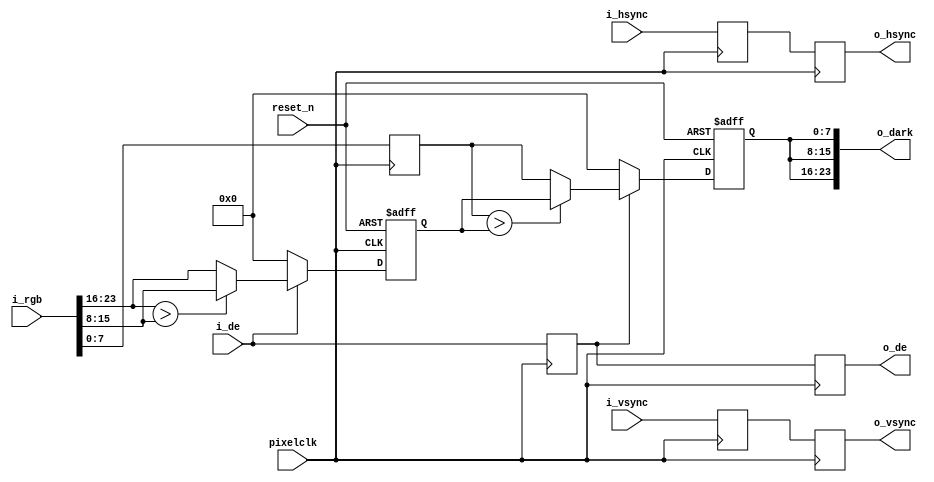

`timescale 1ns / 1ps
module rgb_dark(
       input						    pixelclk,
	   input                            reset_n,

  	   input          [23:0]            i_rgb,
	   input						    i_hsync,
	   input							i_vsync,
	   input							i_de,
	   
       output         [23:0]            o_dark,
	   output							o_hsync,
	   output							o_vsync,                                                                                                  
	   output						    o_de                                                                                               
	   );

	
reg                       hsync_r,hsync_r0;
reg                       vsync_r,vsync_r0;
reg                       de_r,de_r0;
wire [7:0]                r;
wire [7:0]                g;
wire [7:0]                b;
reg  [7:0]                b_r;
reg  [7:0]                dark_r;
reg  [7:0]                dark_r1;
       
always @(posedge pixelclk) begin
  hsync_r <= i_hsync;
  vsync_r <= i_vsync;
  de_r    <= i_de;
  
  hsync_r0 <= hsync_r;
  vsync_r0 <= vsync_r;
  de_r0    <= de_r;
  
  b_r     <= b;
end

assign r        = i_rgb[23:16];
assign g        = i_rgb[15:8];
assign b        = i_rgb[7:0];
                
assign o_hsync  = hsync_r0;
assign o_vsync  = vsync_r0;
assign o_de     = de_r0;
assign o_dark   = {dark_r1,dark_r1,dark_r1};  
//-------------------------------------------------------------
// r g b dark
//-------------------------------------------------------------
always @(posedge pixelclk or negedge reset_n) begin
  if(!reset_n) 
    dark_r<= 8'b0;
  else if(i_de==1'b1) begin
    if(r>g) 
	  dark_r<= g; 
    else
      dark_r<= r; 	
  end
  else
    dark_r<= 8'b0;
end

always @(posedge pixelclk or negedge reset_n) begin
  if(!reset_n) 
    dark_r1<= 8'b0;
  else if(de_r==1'b1) begin
    if(b_r>dark_r) 
	  dark_r1<= dark_r; 
    else
      dark_r1<= b_r; 	
  end
  else
    dark_r1<= 8'b0;
end  

endmodule